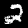
Label: 2